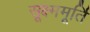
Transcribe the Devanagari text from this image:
सूक्ष्ममूर्ति